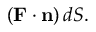
( \mathbf { F } \cdot \mathbf { n } ) \, d S .